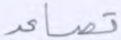
تصاعد